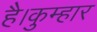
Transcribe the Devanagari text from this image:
है।कुम्हार